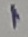
Text: 1